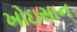
ખોઇસાન